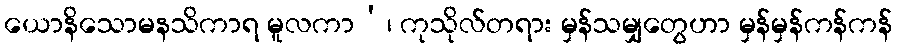
ယောနိသောမနသိကာရ မူလကာ’၊ ကုသိုလ်တရား မှန်သမျှတွေဟာ မှန်မှန်ကန်ကန်